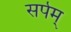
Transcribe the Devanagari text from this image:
सर्पम्